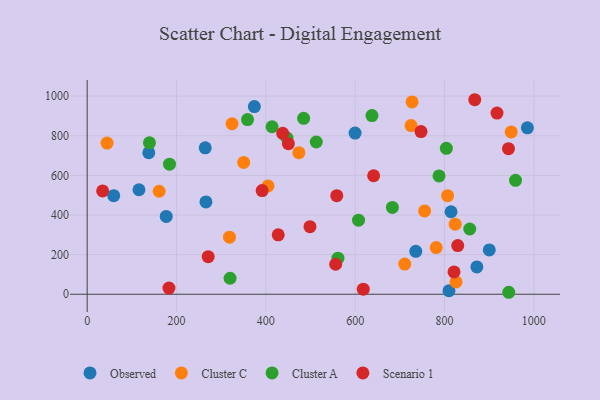
{"axis": {"x": "Distance", "y": "Yield"}, "legend": ["Cluster A", "Cluster C", "Observed", "Scenario 1"], "data": [{"x": "137.9", "y": 714.2, "type": "Observed"}, {"x": "116.0", "y": 527.5, "type": "Observed"}, {"x": "735.7", "y": 216.8, "type": "Observed"}, {"x": "265.9", "y": 466.0, "type": "Observed"}, {"x": "264.3", "y": 739.0, "type": "Observed"}, {"x": "872.4", "y": 137.8, "type": "Observed"}, {"x": "374.3", "y": 947.2, "type": "Observed"}, {"x": "900.2", "y": 223.9, "type": "Observed"}, {"x": "599.8", "y": 813.4, "type": "Observed"}, {"x": "177.0", "y": 392.6, "type": "Observed"}, {"x": "814.6", "y": 416.5, "type": "Observed"}, {"x": "810.0", "y": 17.6, "type": "Observed"}, {"x": "59.4", "y": 497.6, "type": "Observed"}, {"x": "985.5", "y": 840.2, "type": "Observed"}, {"x": "318.6", "y": 287.9, "type": "Cluster C"}, {"x": "404.8", "y": 546.7, "type": "Cluster C"}, {"x": "825.8", "y": 62.1, "type": "Cluster C"}, {"x": "823.9", "y": 353.9, "type": "Cluster C"}, {"x": "711.0", "y": 152.3, "type": "Cluster C"}, {"x": "44.5", "y": 763.0, "type": "Cluster C"}, {"x": "473.9", "y": 714.4, "type": "Cluster C"}, {"x": "949.3", "y": 819.2, "type": "Cluster C"}, {"x": "755.5", "y": 420.4, "type": "Cluster C"}, {"x": "806.9", "y": 497.7, "type": "Cluster C"}, {"x": "725.1", "y": 851.2, "type": "Cluster C"}, {"x": "781.4", "y": 235.7, "type": "Cluster C"}, {"x": "727.4", "y": 971.0, "type": "Cluster C"}, {"x": "324.3", "y": 860.6, "type": "Cluster C"}, {"x": "350.4", "y": 665.5, "type": "Cluster C"}, {"x": "161.2", "y": 519.9, "type": "Cluster C"}, {"x": "184.3", "y": 656.5, "type": "Cluster A"}, {"x": "512.9", "y": 768.6, "type": "Cluster A"}, {"x": "319.9", "y": 80.7, "type": "Cluster A"}, {"x": "804.1", "y": 736.6, "type": "Cluster A"}, {"x": "637.6", "y": 901.9, "type": "Cluster A"}, {"x": "561.4", "y": 182.2, "type": "Cluster A"}, {"x": "139.4", "y": 764.1, "type": "Cluster A"}, {"x": "943.8", "y": 9.9, "type": "Cluster A"}, {"x": "959.0", "y": 574.8, "type": "Cluster A"}, {"x": "447.3", "y": 788.8, "type": "Cluster A"}, {"x": "607.5", "y": 373.9, "type": "Cluster A"}, {"x": "413.9", "y": 845.5, "type": "Cluster A"}, {"x": "359.0", "y": 881.8, "type": "Cluster A"}, {"x": "484.6", "y": 888.2, "type": "Cluster A"}, {"x": "787.7", "y": 597.2, "type": "Cluster A"}, {"x": "683.3", "y": 438.2, "type": "Cluster A"}, {"x": "856.5", "y": 329.3, "type": "Cluster A"}, {"x": "498.8", "y": 341.3, "type": "Scenario 1"}, {"x": "829.6", "y": 245.6, "type": "Scenario 1"}, {"x": "867.7", "y": 981.9, "type": "Scenario 1"}, {"x": "450.5", "y": 760.2, "type": "Scenario 1"}, {"x": "391.7", "y": 523.5, "type": "Scenario 1"}, {"x": "270.9", "y": 189.6, "type": "Scenario 1"}, {"x": "641.3", "y": 598.0, "type": "Scenario 1"}, {"x": "943.2", "y": 734.8, "type": "Scenario 1"}, {"x": "427.7", "y": 299.9, "type": "Scenario 1"}, {"x": "917.5", "y": 914.6, "type": "Scenario 1"}, {"x": "437.7", "y": 812.5, "type": "Scenario 1"}, {"x": "618.1", "y": 25.3, "type": "Scenario 1"}, {"x": "558.8", "y": 497.3, "type": "Scenario 1"}, {"x": "747.4", "y": 821.3, "type": "Scenario 1"}, {"x": "556.3", "y": 151.3, "type": "Scenario 1"}, {"x": "183.1", "y": 31.3, "type": "Scenario 1"}, {"x": "821.3", "y": 112.7, "type": "Scenario 1"}, {"x": "34.6", "y": 521.7, "type": "Scenario 1"}]}